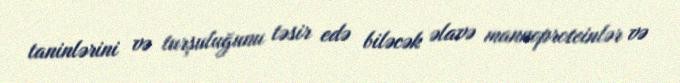
taninlərini və turşuluğunu təsir edə biləcək əlavə mannoproteinlər və